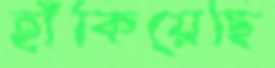
হাঁকিয়েছি